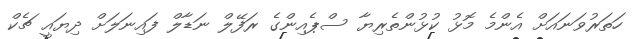
ހަތަރުވަނައަށް އެންމެ މޮޅު ކުޅުންތެރިޔާ ސްޕެއިންގެ ރަފޭލް ނަޑާލް ފައިނަލަށް ދިޔައީ ޗެކް